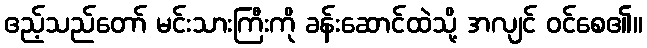
ဧည့်သည်တော် မင်းသားကြီးကို ခန်းဆောင်ထဲသို့ အလျင် ဝင်စေ၏။